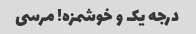
درجه یک و خوشمزه! مرسی